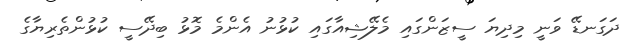
ދަގަނޑޭ ވަނީ މިދިޔަ ސީޒަންގައި މެލޭޝިއާގައި ކުޅުނު އެންމެ މޮޅު ބިދޭސީ ކުޅުންތެރިޔާގެ